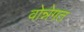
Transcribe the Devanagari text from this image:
वोन्नेगत